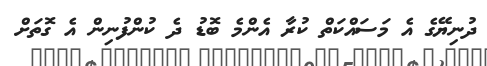
ދުނިޔޭގެ އެ މަސައްކަތް ކުރާ އެންމެ ބޮޑު ދެ ކުންފުނިން އެ ގޮތަށް